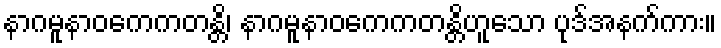
နာဂမူနာဝကေကတန္တိ၊ နာဂမူနာဝကေကတန္တိဟူသော ပုဒ်အနက်ကား။